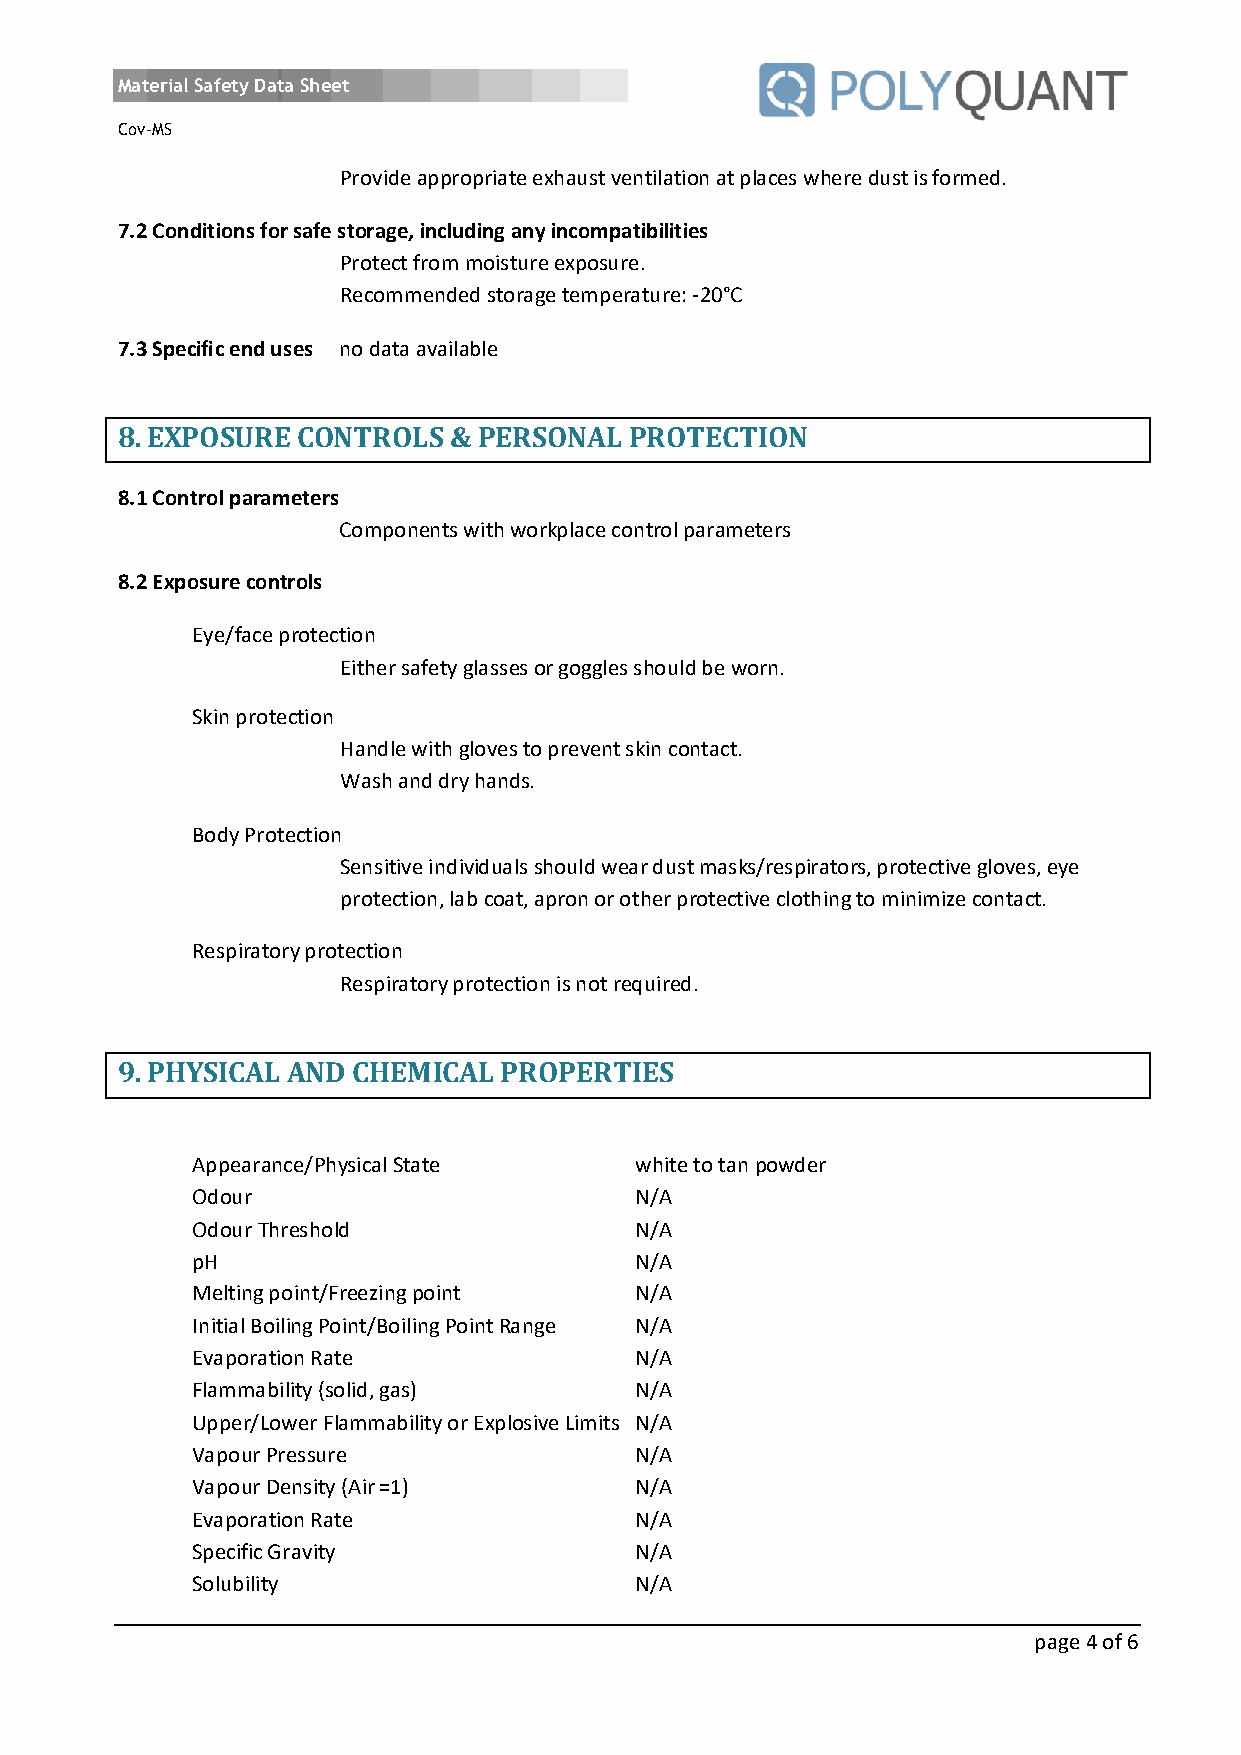
Material Safety Data Sheet
 Cov-MS
 Provide appropriate exhaust ventilation at places where dust is formed.
 7.2 Conditions for safe storage, including any incompatibilities
 Protect from moisture exposure.
 Recommended storage temperature: -20°C
 7.3 Specific end uses no data available
 8. EXPOSURE CONTROLS  & PERSONAL  PROTECTION
 8.1 Control parameters
 Components with workplace control parameters
 8.2 Exposure controls
 Eye/face protection
 Either safety glasses or goggles should be worn.
 Skin protection
 Handle with gloves to prevent skin contact.
 Wash and dry hands.
 Body Protection
 Sensitive individuals should wear dust masks/respirators, protective gloves, eye
 protection, lab coat, apron or other protective clothing to minimize contact.
 Respiratory protection
 Respiratory protection is not required.
 9. PHYSICAL AND CHEMICAL PROPERTIES
 Appearance/Physical State    white to tan powder
 Odour                        N/A
 Odour Threshold              N/A
 pH                           N/A
 Melting point/Freezing point N/A
 Initial Boiling Point/Boiling Point Range N/A
 Evaporation Rate             N/A
 Flammability (solid, gas)    N/A
 Upper/Lower Flammability or Explosive Limits N/A
 Vapour Pressure              N/A
 Vapour Density (Air =1)      N/A
 Evaporation Rate             N/A
 Specific Gravity             N/A
 Solubility                   N/A
 page 4 of 6